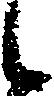
候